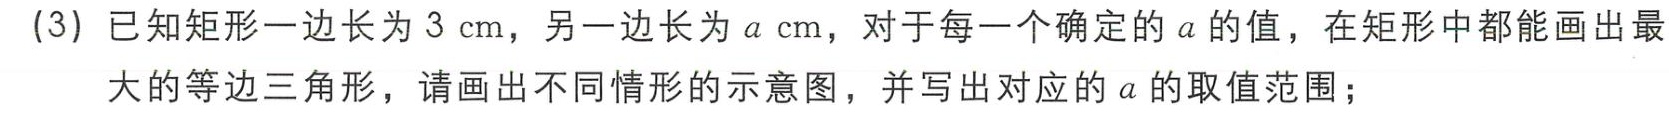
(3) 已知矩形一边长为 \(3\mathrm{cm}\)，另一边长为 \(a\mathrm{cm}\)，对于每一个确定的 \(a\) 的值，在矩形中都能画出最大的等边三角形，请画出不同情形的示意图，并写出对应的 \(a\) 的取值范围；